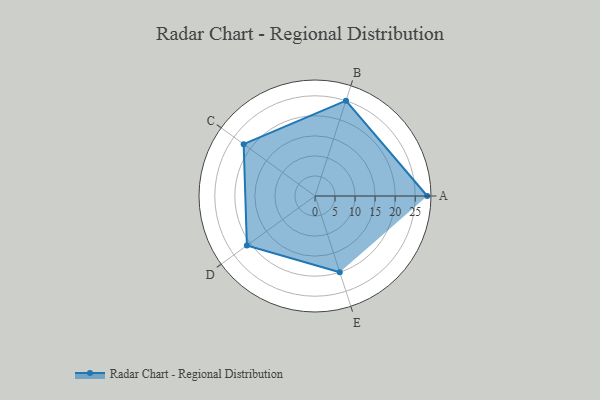
{"axis": {"x": "Skill", "y": "Score"}, "legend": ["Profile"], "data": [{"x": "A", "y": 28.0, "type": "Profile"}, {"x": "B", "y": 25.0, "type": "Profile"}, {"x": "C", "y": 22.0, "type": "Profile"}, {"x": "D", "y": 21.0, "type": "Profile"}, {"x": "E", "y": 20, "type": "Profile"}]}